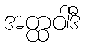
အတ္ထဝါဒီ